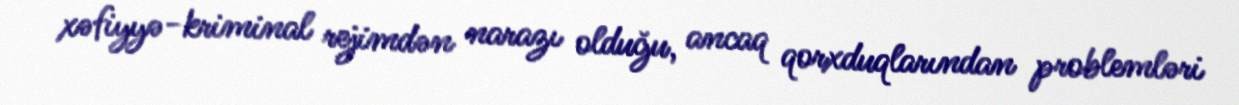
xəfiyyə-kriminal rejimdən narazı olduğu, ancaq qorxduqlarından problemləri